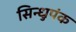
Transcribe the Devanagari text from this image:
सिन्धुपंक